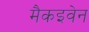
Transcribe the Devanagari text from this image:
मैकइवेन